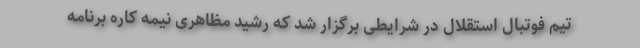
تیم فوتبال استقلال در شرایطی برگزار شد که رشید مظاهری نیمه کاره برنامه